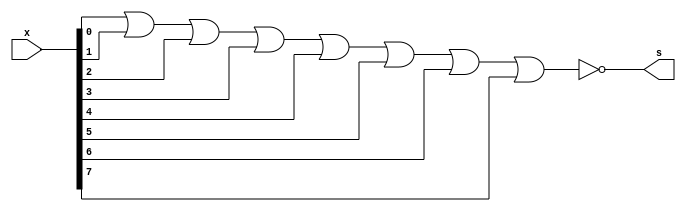
// ------------------------- 
// Exercicio0011
// Nome: Lucas Cardoso 
// -------------------------

// ------------------------- 
// -- nor gate 
// ------------------------- 

module norgate ( output s, 
input [7:0]x); 
assign s = ~( x[0]|x[1]|x[2]|x[3]|x[4]|x[5]|x[6]|x[7] ); 
endmodule // NORgate 


// --------------------- 
// -- test NOR gate 
// --------------------- 

module testnorgate; 

// ------------------------- dados locais 

reg [0:7]a; // definir registradores 
wire s; // definir conexao (fio) 

// ------------------------- instancia 

norgate NOR1 (s, a); 

// ------------------------- preparacao 

initial begin:start 
// atribuicao simultanea 
// dos valores iniciais 
a = 8'b00000000;
end 

// ------------------------- parte principal 
initial begin 
$display("Exercicio0011 - Lucas Cardoso - 441694"); 
$display("Test NOR gate"); 
$display("\nabcdefgh = s\n"); 
$monitor( "%8b = %b", a, s );

#1 a=8'b00000001;
#1 a=8'b00000010;
#1 a=8'b00000100;
#1 a=8'b00001000;
#1 a=8'b00010000;
#1 a=8'b00100000;
#1 a=8'b01000000;
#1 a=8'b10000000;

#1 a=8'b00000011;
#1 a=8'b00000110;
#1 a=8'b00001100;
#1 a=8'b00011000;
#1 a=8'b00110000;
#1 a=8'b01100000;
#1 a=8'b11000000;

#1 a=8'b00000101;
#1 a=8'b00001010;
#1 a=8'b00010100;
#1 a=8'b00101000;
#1 a=8'b01010000;
#1 a=8'b10100000;

#1 a=8'b00001001;
#1 a=8'b00010010;
#1 a=8'b00100100;
#1 a=8'b01001000;
#1 a=8'b10010000;

#1 a=8'b00010001;
#1 a=8'b00100010;
#1 a=8'b01000100;
#1 a=8'b10001000;

#1 a=8'b00100001;
#1 a=8'b01000010;
#1 a=8'b10000100;

#1 a=8'b01000001;
#1 a=8'b10000010;

#1 a=8'b10000001;

end 
endmodule // testnorgate